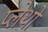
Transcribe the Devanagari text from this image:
प्लेथो